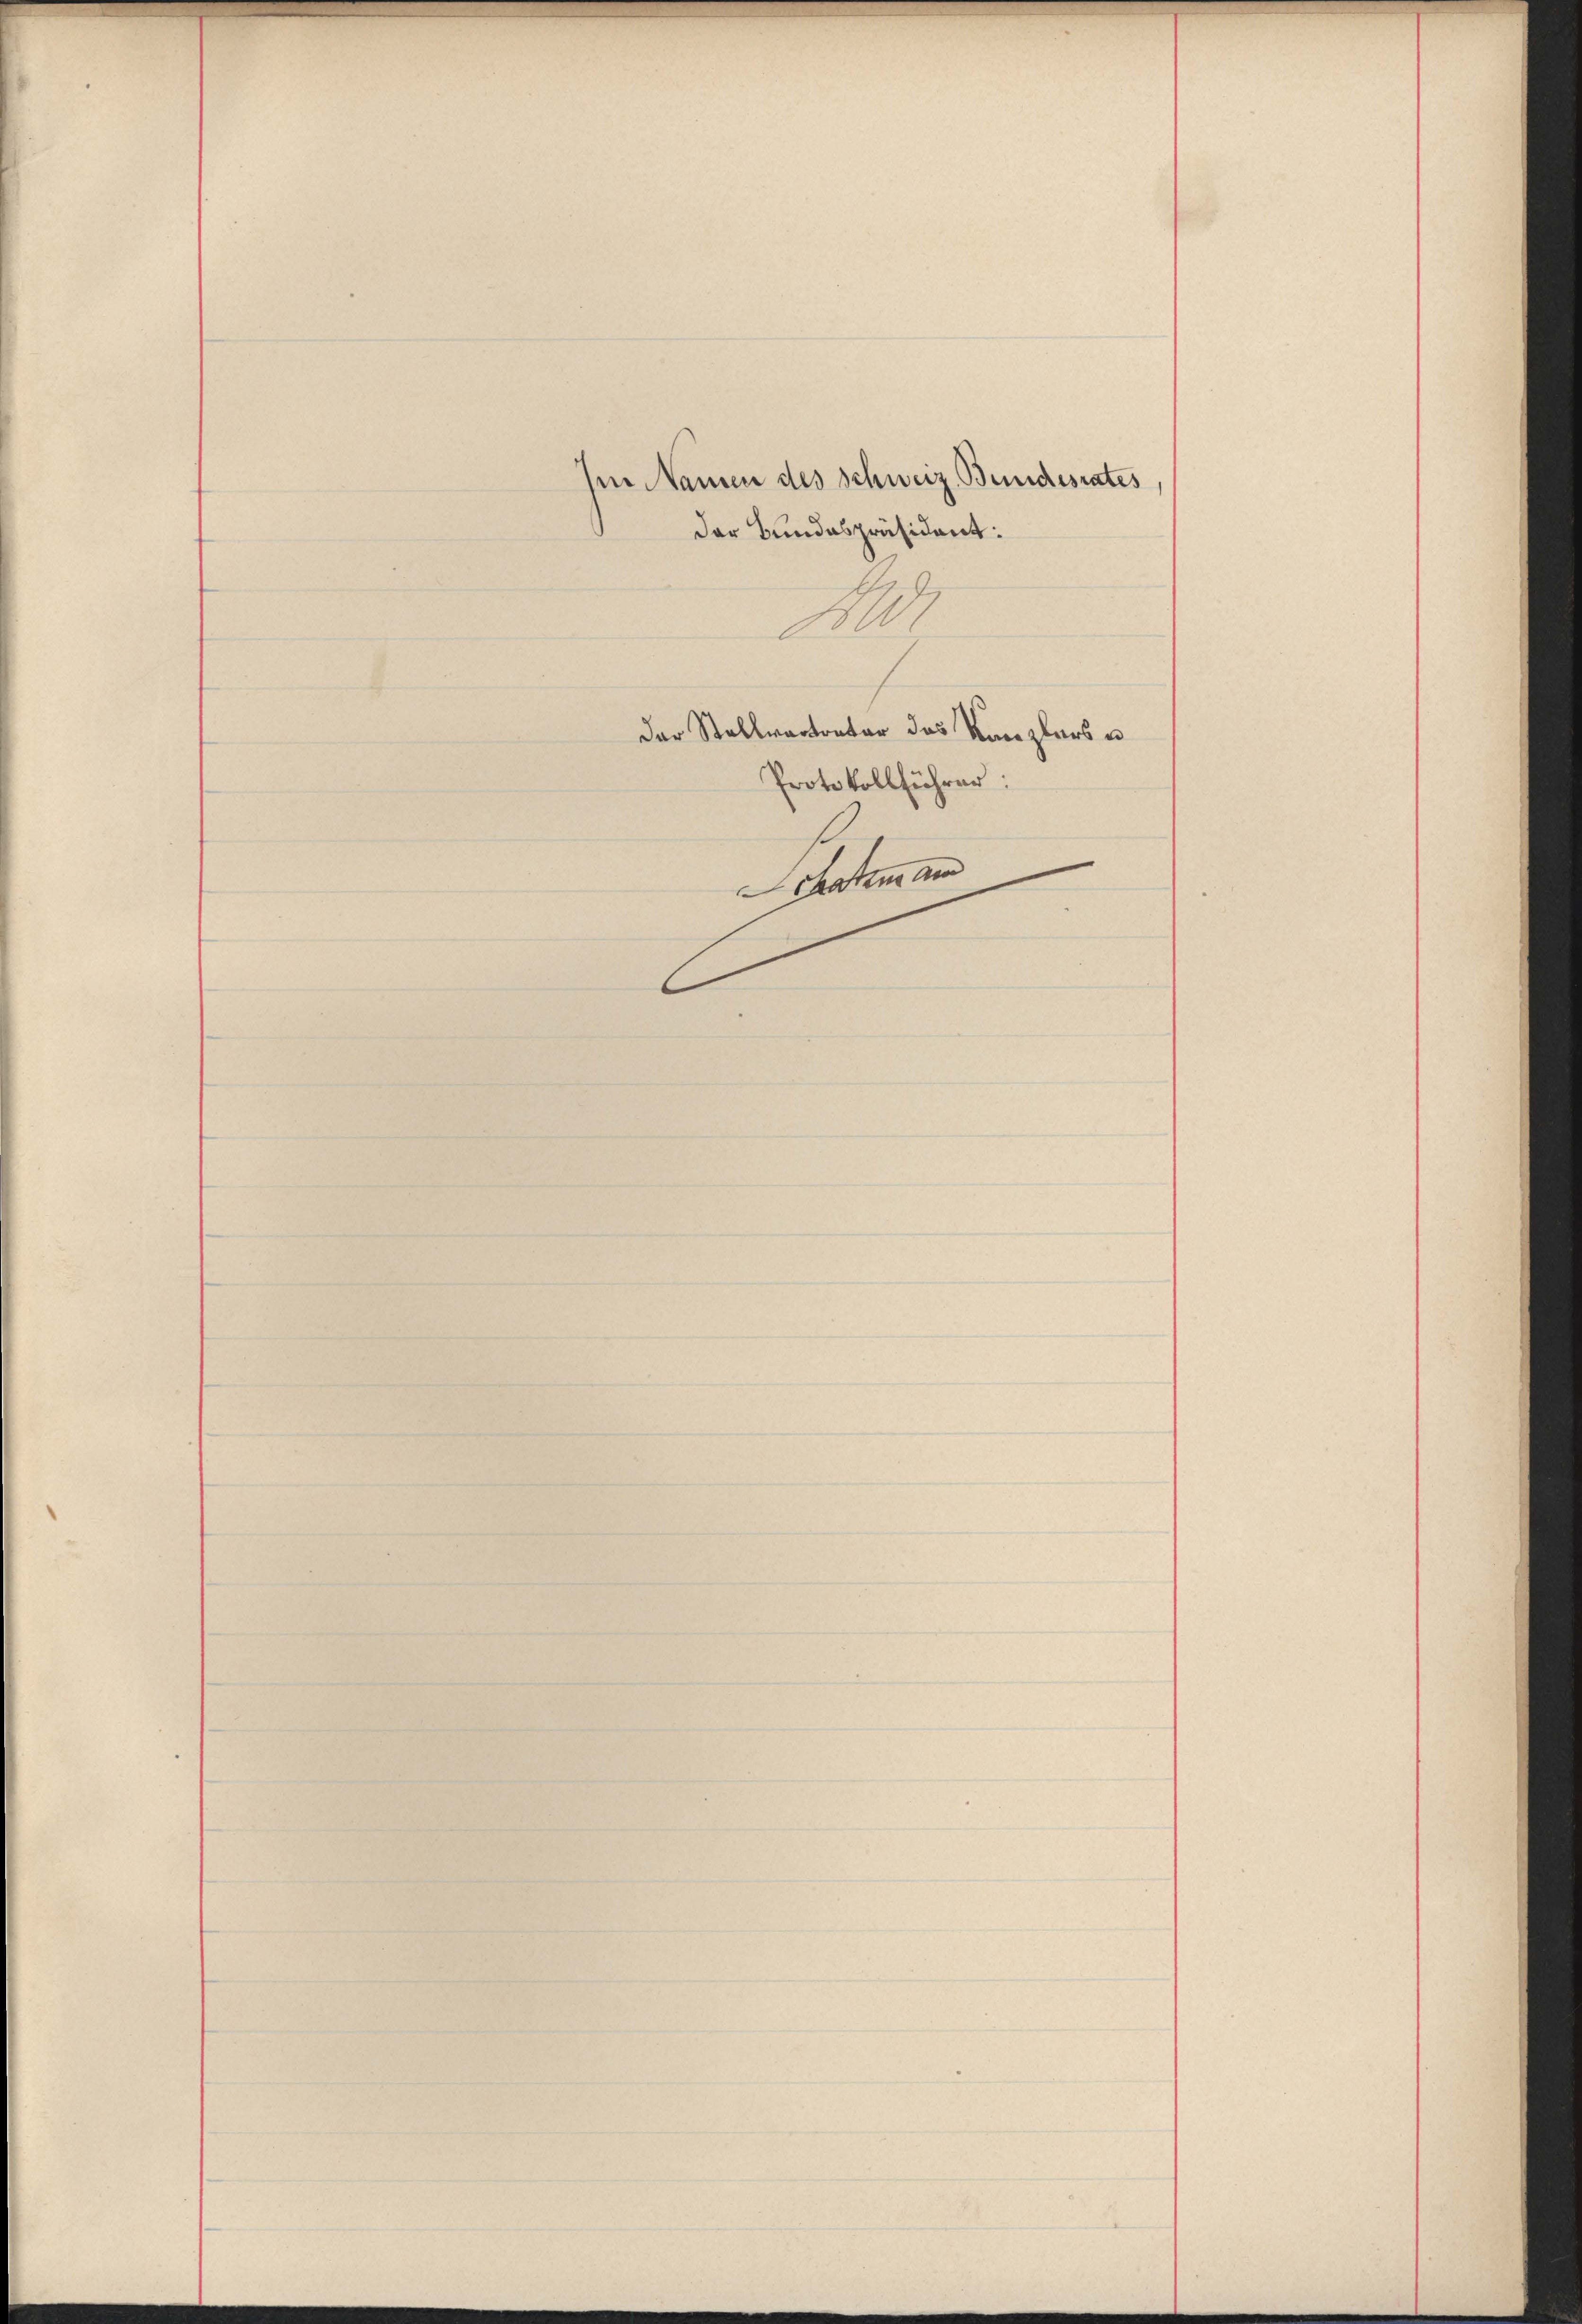
Im Namen des Schweiz. Bundesrates
der Bundespräsident:
N

der Stellvertreter das Kanzlers u
Protokollführer:
Satem an